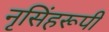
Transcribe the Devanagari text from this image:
नृसिंहरूपी